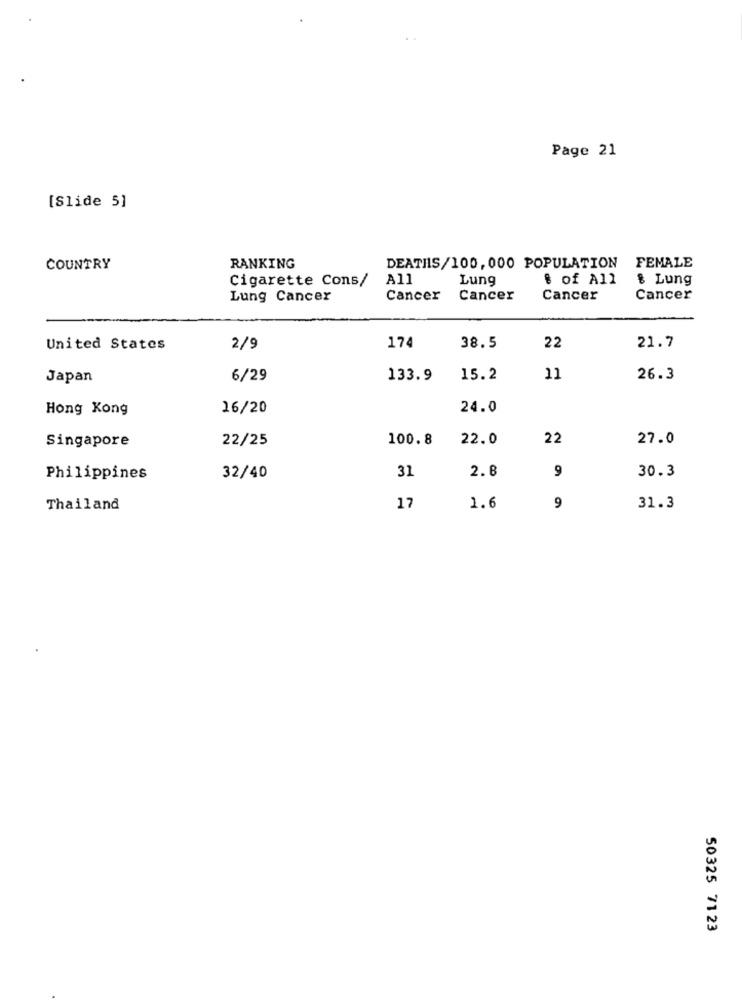
Page 21
[Slide 5]
COUNTRY
RANKING
DEATHS/100, 000 POPULATION FEMALE
Cigarette Cons/
A11
Lung
# of All
& Lung
Lung Cancer
Cancer
Cancer
Cancer
Cancer
38.5
22
United States
2/9
174
21.7
Japan
6/29
133.9
15.2
11
26.3
Hong Kong
16/20
24.0
Singapore
22/25
100.8
22.0
22
27.0
31
2.8
9
30.3
Philippines
32/40
Thailand
17
1.6
9
31.3
50325 71 23